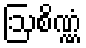
ဩစိဏ္ဏံ